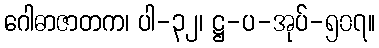
ဂေါဓာဇာတက၊ ပါ-၃၂၊ ဋ္ဌ-ပ-အုပ်-၅၀၇။